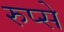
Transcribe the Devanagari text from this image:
रुप्से